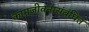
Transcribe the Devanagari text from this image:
कामजीवनासंबंधित